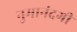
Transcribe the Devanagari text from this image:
नुमानंदगी